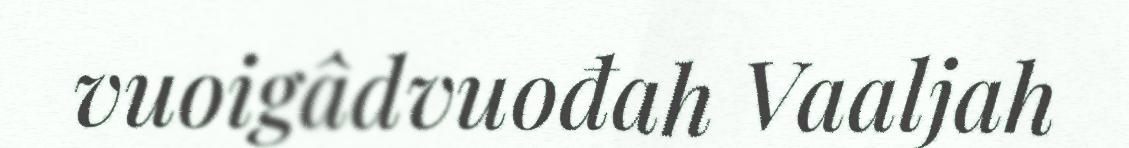
vuoigâdvuođah Vaaljah